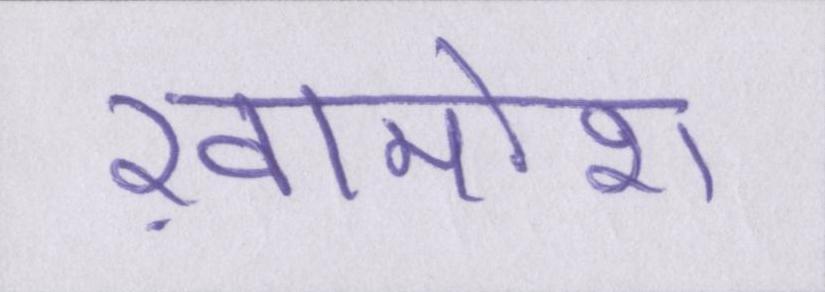
ख़ामोश